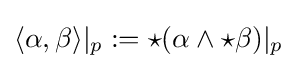
\langle \alpha ,\beta \rangle |_{p}:={\star }(\alpha \wedge {\star }\beta )|_{p}